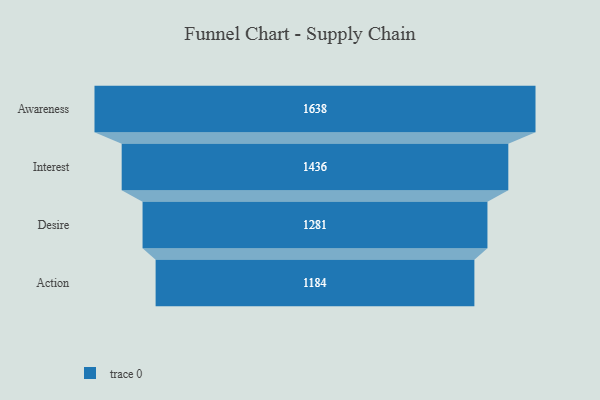
{"axis": {"x": "Stage", "y": "Value"}, "legend": [""], "data": [{"x": "Awareness", "y": 1638.0, "type": ""}, {"x": "Interest", "y": 1436.0, "type": ""}, {"x": "Desire", "y": 1281.0, "type": ""}, {"x": "Action", "y": 1184.0, "type": ""}]}